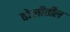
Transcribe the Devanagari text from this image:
ढोलीतील